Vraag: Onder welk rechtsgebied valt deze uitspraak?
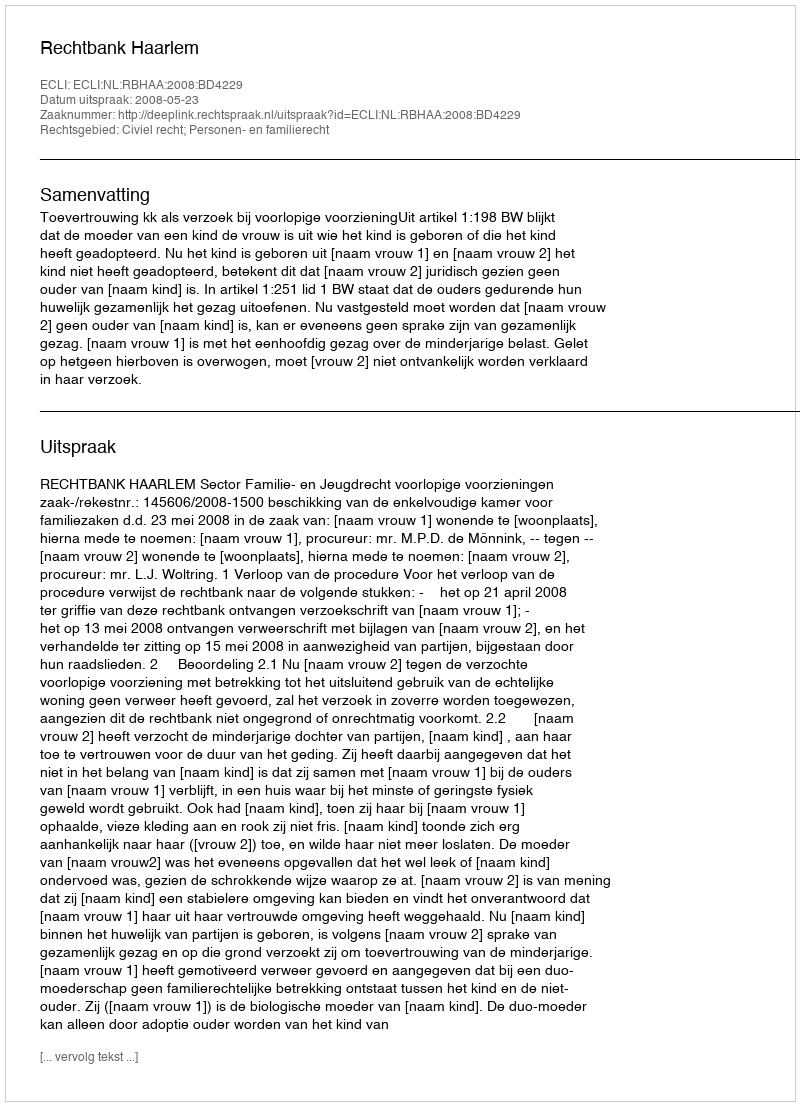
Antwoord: Civiel recht; Personen- en familierecht